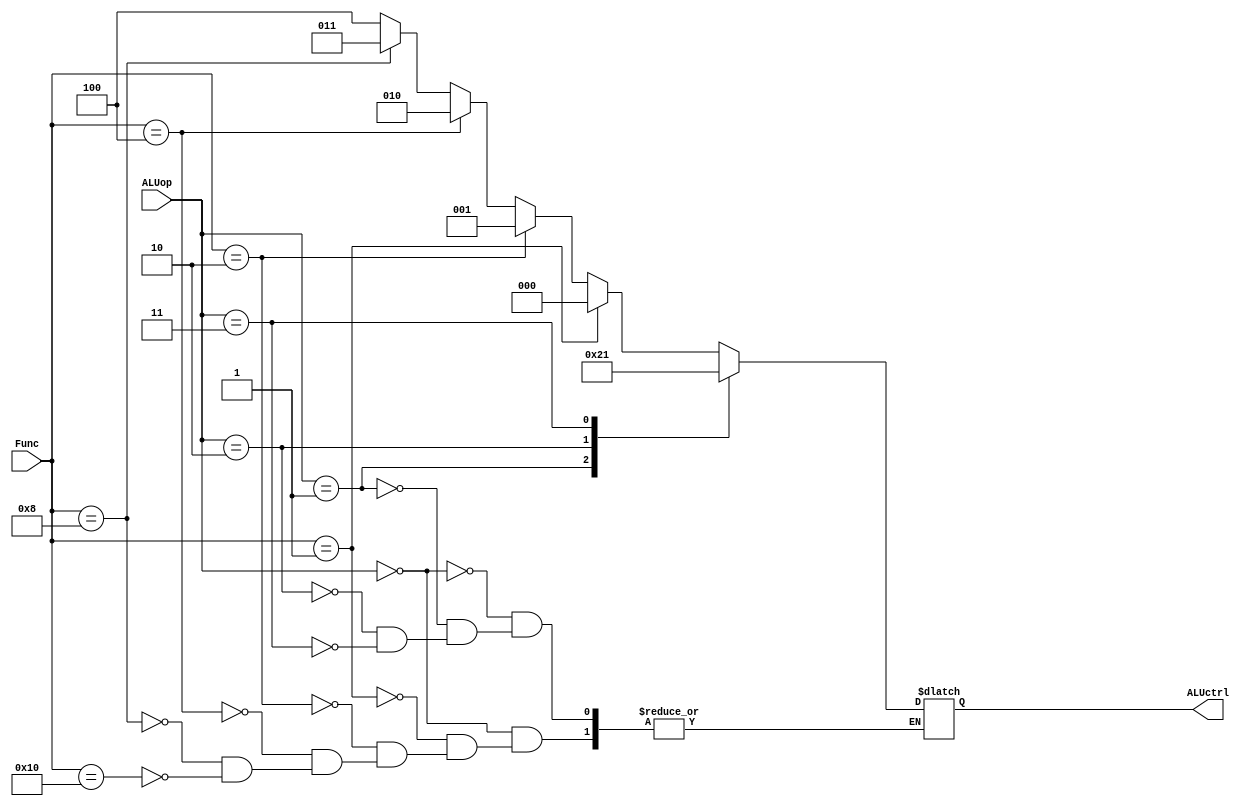
module ALU_Control(ALUop , Func , ALUctrl);
	input [1:0] ALUop;
	input [5:0] Func;
	output reg[2:0] ALUctrl;

	always@(ALUop or Func) begin
		case(ALUop)
			2'b00://add , sub , and , or , slt
				begin 
				if(Func==6'b000001) begin  
					ALUctrl <= 3'd0;  //add
				end else if(Func==6'b000010) begin
					ALUctrl <= 3'd1;  //sub
				end else if(Func==6'b000100) begin
					ALUctrl <= 3'd2;  //and
				end else if(Func==6'b001000) begin
					ALUctrl <= 3'd3;  //or
				end else if(Func==6'b010000) begin
					ALUctrl <= 3'd4;  //slt
				end
				end
				
			2'b01://addi , lw , sw
				begin 
					ALUctrl <= 3'd0;  //add
				end

			2'b10://slti 
				begin 
					ALUctrl <= 3'd4;  //slt
				end
			2'b11://beq
				begin 
					ALUctrl <= 3'd1;  //sub
				end
		endcase
	end
endmodule